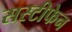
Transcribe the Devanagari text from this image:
सस्टीफेन